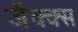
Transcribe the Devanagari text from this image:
जैक्क्स